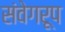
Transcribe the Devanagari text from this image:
संवेगरूप